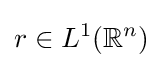
r\in L^{1}(\mathbb {R} ^{n})